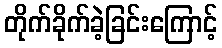
တိုက်ခိုက်ခဲ့ခြင်းကြောင့်